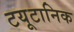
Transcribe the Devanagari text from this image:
टयूटानिक